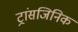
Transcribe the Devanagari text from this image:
ट्रांसजिनिक